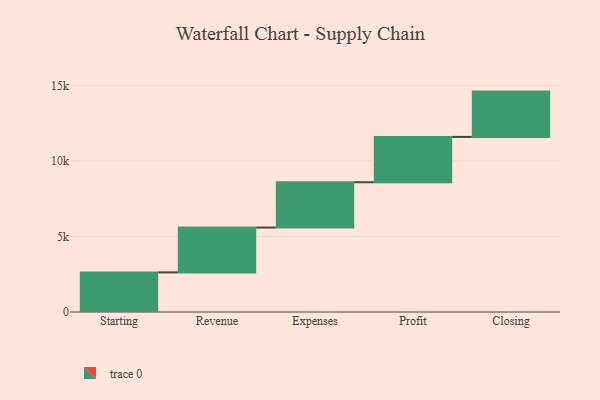
{"axis": {"x": "Step", "y": "Value"}, "legend": [""], "data": [{"x": "Starting", "y": 2623.0, "type": ""}, {"x": "Revenue", "y": 2968.0, "type": ""}, {"x": "Expenses", "y": 3000, "type": ""}, {"x": "Profit", "y": 3000, "type": ""}, {"x": "Closing", "y": 3000, "type": ""}]}